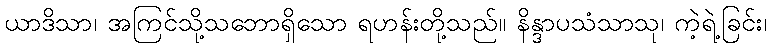
ယာဒိသာ၊ အကြင်သို့သဘောရှိသော ရဟန်းတို့သည်။ နိန္ဒာပသံသာသု၊ ကဲ့ရဲ့ခြင်း၊